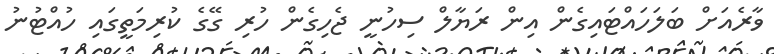
ވާރެއަށް ބަލަހައްޓައިގެން އިން ރަޔާލް ސިހުނީ ޖެހިގެން ހުރި ގޭގެ ކުރިމަތީގައި ހުއްޓުނު